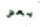
بعض